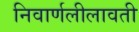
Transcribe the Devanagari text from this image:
निवार्णलीलावती